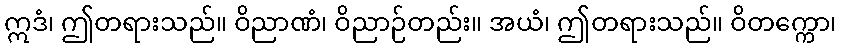
ဣဒံ၊ ဤတရားသည်။ ဝိညာဏံ၊ ဝိညာဉ်တည်း။ အယံ၊ ဤတရားသည်။ ဝိတက္ကော၊